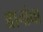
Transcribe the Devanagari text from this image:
श्वानांचा